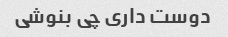
دوست داری چی بنوشی